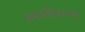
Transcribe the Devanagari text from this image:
जमातीतल्या